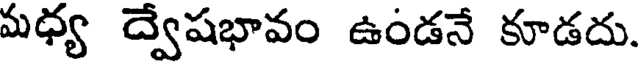
మధ్య ద్వేషభావం ఉండనే కూడదు.